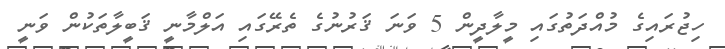
ހިޖުރައިގެ މުއްދަތުގައިި މީލާދީން 5 ވަނަ ޤަރުނުގެ ތެރޭގައި އަލްމާނީ ޤަބީލާތަކުން ވަނީ